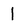
Character: l